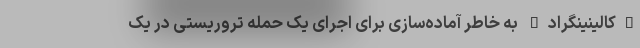
"کالینینگراد" به خاطر آماده‌سازی برای اجرای یک حمله تروریستی در یک